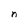
Character: n